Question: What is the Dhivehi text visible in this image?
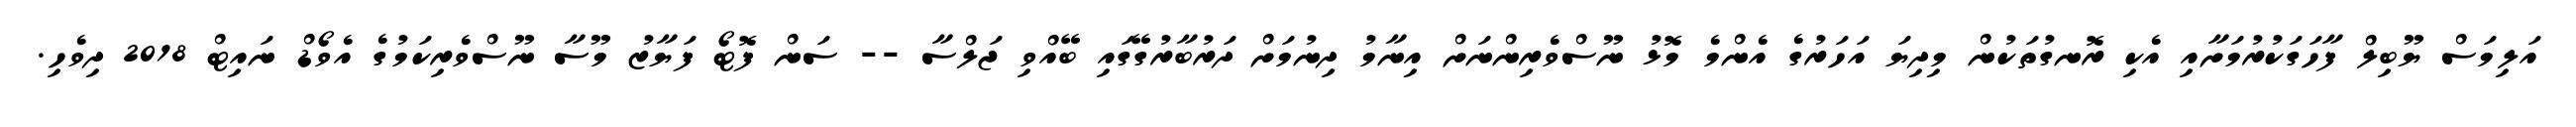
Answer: އަލިމަސް ޔޫބިލް ފާހަގަކުރުމަށާއި އެކި ރޮނގުތަކުން މިދިޔަ އަހަރުގެ އެންމެ މޮޅު ނޫސްވެރިންނަށް އިނާމު ދިނުމަށް ދަރުބާރުގޭގައި ބޭއްވި ޖަލްސާ -- ސަން ފޮޓޯ ފަޔާޒު މޫސާ ނޫސްވެރިކަމުގެ އެވޯޑް ނައިޓް 2018 ދިވެހި.